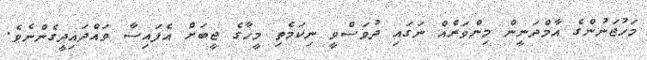
މަހުޖަނުންގެ އާމްދަނީން މިންވަރެއް ނަގައި ދުވަސްވީ ނިކަމެތި މީހާގެ ޖީބަށް އެފައިސާ ވައްދައިދީގެންނެވެ.